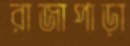
রাজাপাড়া